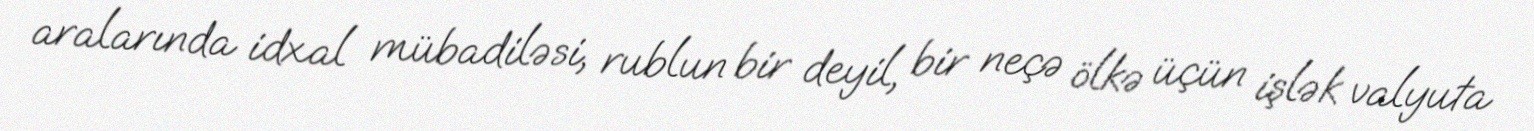
aralarında idxal mübadiləsi, rublun bir deyil, bir neçə ölkə üçün işlək valyuta